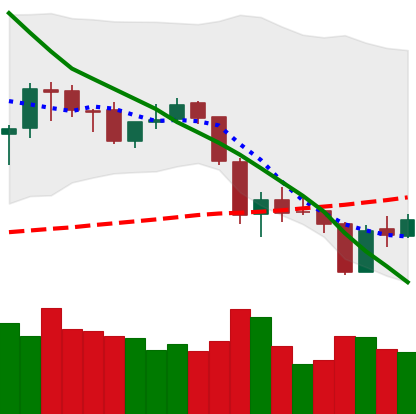
Ticker: ETH-USD
Chart end date: 2018-05-31
Forward return: 5.481%
Label: up_5_7